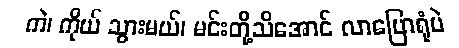
ကဲ၊ ကိုယ် သွားမယ်၊ မင်းတို့သိအောင် လာပြောရုံပဲ